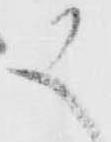
又